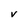
Character: V